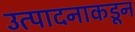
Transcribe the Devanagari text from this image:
उत्पादनाकडून